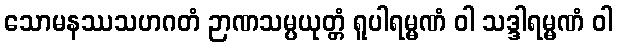
သောမနဿသဟဂတံ ဉာဏသမ္ပယုတ္တံ ရူပါရမ္မဏံ ဝါ သဒ္ဒါရမ္မဏံ ဝါ